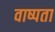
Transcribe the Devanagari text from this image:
वाष्पता